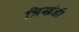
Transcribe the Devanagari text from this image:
त्रिखंडी